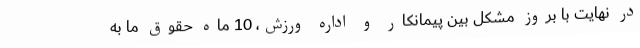
در نهایت با بروز مشکل بین پیمانکار و اداره ورزش، 10 ماه حقوق ما به